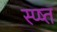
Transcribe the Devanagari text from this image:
स्प्ष्त